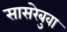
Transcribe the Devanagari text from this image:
सासरेबुवा